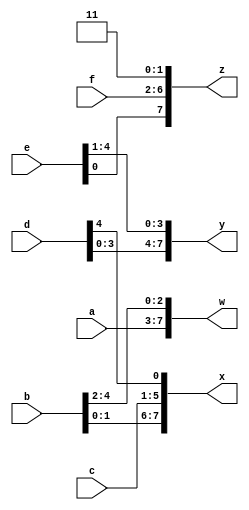
module top_module (
    input [4:0] a, b, c, d, e, f,
    output [7:0] w, x, y, z 
    );
    wire [1:0] temp = 2'b11;
    // average assign to w, x, y, z
    assign {w, x, y, z} = {a, b, c, d, e, f,temp};
    
endmodule